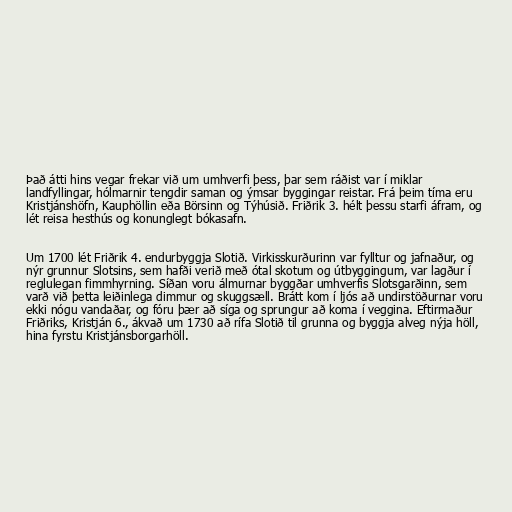
Það átti hins vegar frekar við um umhverfi þess, þar sem ráðist var í miklar
landfyllingar, hólmarnir tengdir saman og ýmsar byggingar reistar. Frá þeim tíma eru
Kristjánshöfn, Kauphöllin eða Börsinn og Týhúsið. Friðrik 3. hélt þessu starfi áfram, og
lét reisa hesthús og konunglegt bókasafn.

Um 1700 lét Friðrik 4. endurbyggja Slotið. Virkisskurðurinn var fylltur og jafnaður, og
nýr grunnur Slotsins, sem hafði verið með ótal skotum og útbyggingum, var lagður í
reglulegan fimmhyrning. Síðan voru álmurnar byggðar umhverfis Slotsgarðinn, sem
varð við þetta leiðinlega dimmur og skuggsæll. Brátt kom í ljós að undirstöðurnar voru
ekki nógu vandaðar, og fóru þær að síga og sprungur að koma í veggina. Eftirmaður
Friðriks, Kristján 6., ákvað um 1730 að rífa Slotið til grunna og byggja alveg nýja höll,
hina fyrstu Kristjánsborgarhöll.